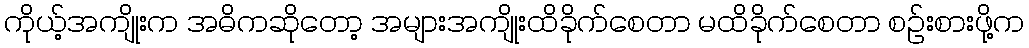
ကိုယ့်အကျိုးက အဓိကဆိုတော့ အများအကျိုးထိခိုက်စေတာ မထိခိုက်စေတာ စဉ်းစားဖို့က